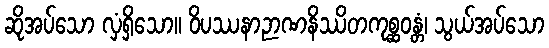
ဆိုအပ်သော လှံရှိသော။ ဝိပဿနာဉာဏနိဿိတကုစ္ဆဝန္တံ၊ သွယ်အပ်သော